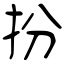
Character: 扮